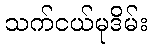
သက်ငယ်မုဒိမ်း